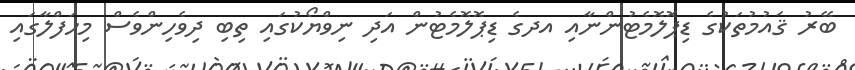
ބޭރު ޤައުމުތަކުގެ ޑިޕޮލޮމެޓުންނާއި އދގެ ޑިޕޮލޮމެޓުން އަދި ނިވްޔޯކުގައި ތިބި ދިވެހިންވެސް މިހަފްލާގައި